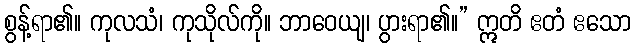
စွန့်ရာ၏။ ကုလသံ၊ ကုသိုလ်ကို။ ဘာဝေယျ၊ ပွားရာ၏။” ဣတိ ဧတံ ဧသော